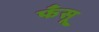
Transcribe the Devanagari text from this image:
फँसू